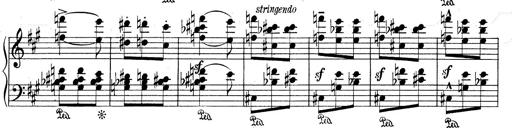
Title: Mephisto Waltz No.1
Composer: Franz Liszt